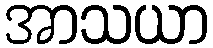
အာသယာ